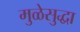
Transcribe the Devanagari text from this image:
मुळेसुद्धा